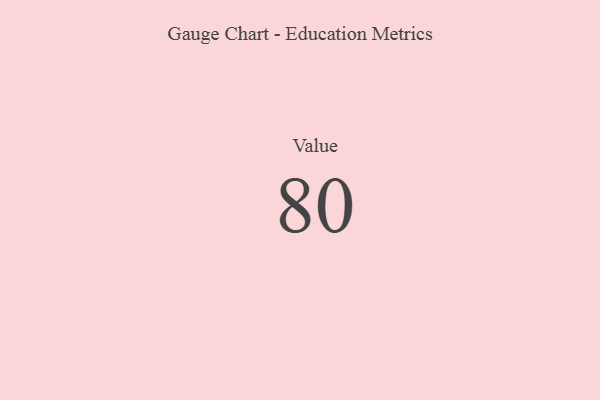
{"axis": {"x": "Metric", "y": "Value"}, "legend": [""], "data": [{"x": "Value", "y": 80, "type": ""}]}